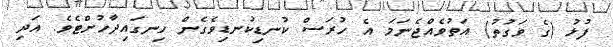
ފުޅު (ގެ ވަގުތު) އަތުވެއްޖެނަމަ އެ ހުރަސް ކުނޑިކުނޑިވެގެން ހިނގައިދާހުށްޓެވެ. އަދި